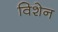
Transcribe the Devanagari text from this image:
विशेन